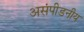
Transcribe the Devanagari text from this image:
असंपीडनीय